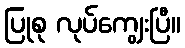
ပြုစု လုပ်ကျွေးပြီ။